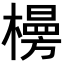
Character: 𪴂